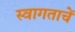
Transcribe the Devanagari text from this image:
स्वागताचें